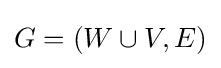
G=(W\cup V,E)